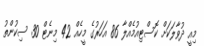
މިއީ ދުވާލަކަށް ކޮސްޓިއުމެއްލާ 86 އަހަރުގެ މީހެއް 42 މިނެޓް 30 ސިކުންތު